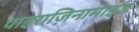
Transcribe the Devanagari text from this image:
पाइराज़िनामाइड